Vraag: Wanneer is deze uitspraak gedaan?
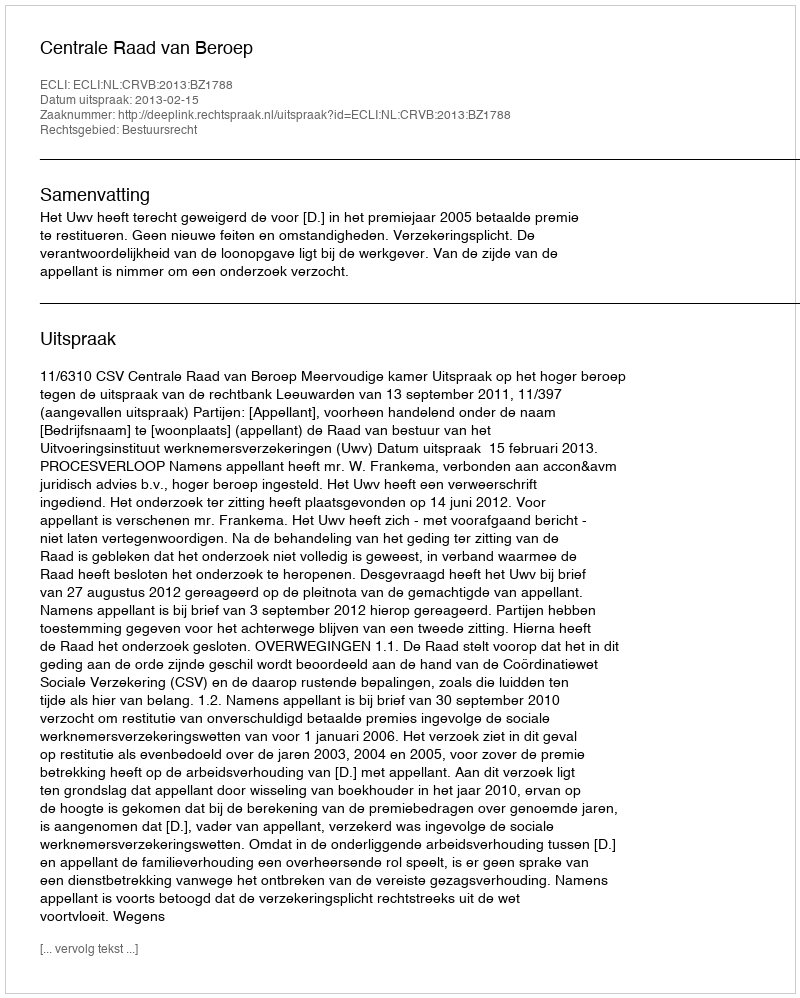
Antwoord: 2013-02-15